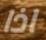
اذا